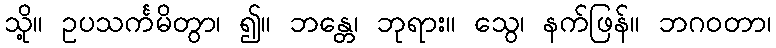
သို့။ ဥပသင်္ကမိတွာ၊ ၍။ ဘန္တေ၊ ဘုရား။ သွေ၊ နက်ဖြန်။ ဘဂဝတာ၊